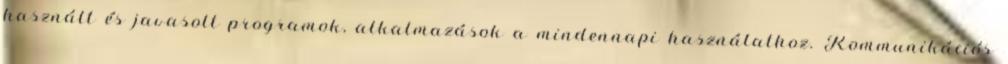
használt és javasolt programok, alkalmazások a mindennapi használathoz. Kommunikációs